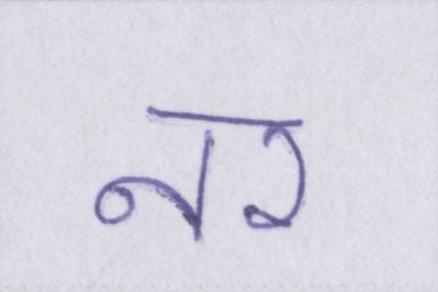
नर